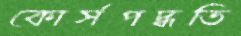
কোর্সপদ্ধতি